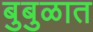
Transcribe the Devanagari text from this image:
बुबुळात